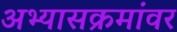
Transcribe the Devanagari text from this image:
अभ्यासक्रमांवर